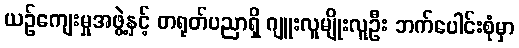
ယဉ်ကျေးမှုအဖွဲ့နှင့် တရုတ်ပညာရှိ ဂျူးလူမျိုးလူဦး ဘက်ပေါင်းစုံမှာ